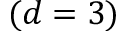
( d = 3 )